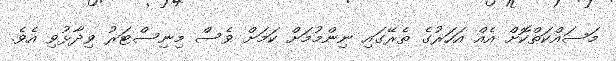
މަސައްކަތްކޮށް އެއް އަހަރުގެ ތެރޭގައި ނިންމުމަށް ކަމަށް ވެސް މިނިސްޓަރު ވިދާޅުވި އެވެ.